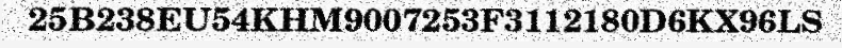
25B238EU54KHM9007253F3112180D6KX96LS